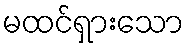
မထင်ရှားသော